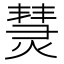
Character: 熭